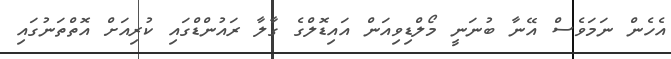
އެހެން ނަމަވެސް އޭނާ ބުނަނީ މޯލްޑިވިއަން އައިޑޮލްގެ ގާލާ ރައުންޑްގައި ކުރިއަށް އޮތްތަނުގައި